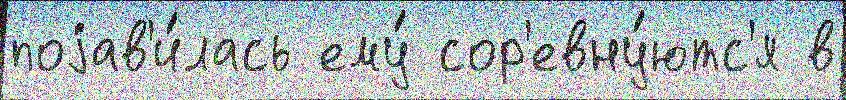
поjав'и́лась ему́ сор'евну́ютс'я в